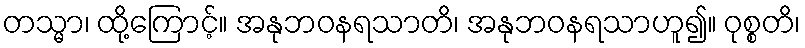
တသ္မာ၊ ထို့ကြောင့်။ အနုဘဝနရသာတိ၊ အနုဘဝနရသာဟူ၍။ ဝုစ္စတိ၊